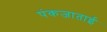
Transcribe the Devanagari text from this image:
पंकजाताई